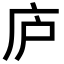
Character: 庐